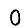
Digit: 0